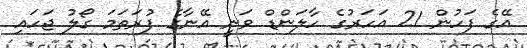
އޭގެ ފަހުން 21 އަހަރުގެ ހާލަންޑް ވަނީ އޭނާގެ ފުރަތަމަ ގޯލު ޖަހައި